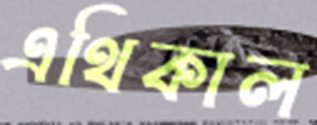
এথিকাল